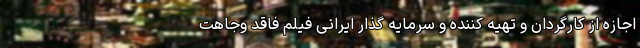
اجازه از کارگردان و تهیه کننده و سرمایه گذار ایرانی فیلم فاقد وجاهت